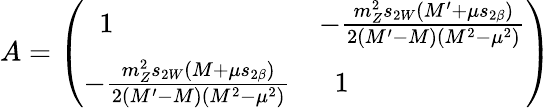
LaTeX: A=\left(\begin{array}{ll}{{\; \; 1}}&{{-\frac{m_{Z}^{2}s_{2W}(M^{\prime}+\mu s_{2\beta})}{2(M^{\prime}-M)(M^{2}-\mu^{2})}}}\\ {{-\frac{m_{Z}^{2}s_{2W}(M+\mu s_{2\beta})}{2(M^{\prime}-M)(M^{2}-\mu^{2})}}}&{{\; \; 1}}\end{array}\right)